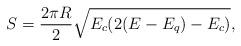
LaTeX: \begin{align*}S =\frac{2\pi R}{2} \sqrt{E_c(2(E-E_q)-E_c)},\end{align*}